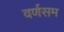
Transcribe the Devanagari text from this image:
वर्णसम